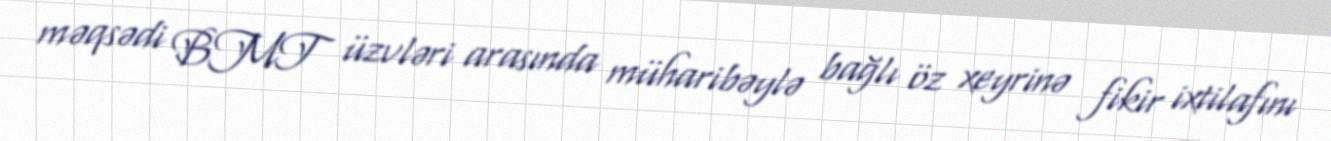
məqsədi BMT üzvləri arasında müharibəylə bağlı öz xeyrinə fikir ixtilafını